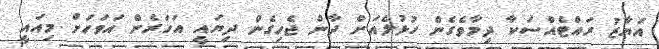
އަޔާޒު ރައްޓެއްސަކާ ދިމާވެގެން ހުޅުލެއަށް ދާން ޖެހިގެން ދިޔައީ އަހަރެން އަވަހަށް މިއައީ